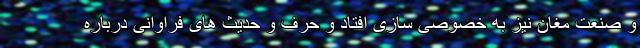
و صنعت مغان نیز به خصوصی سازی افتاد و حرف و حدیث های فراوانی درباره